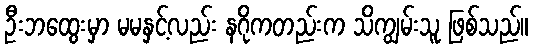
ဦးဘထွေးမှာ မမနှင့်လည်း နဂိုကတည်းက သိကျွမ်းသူ ဖြစ်သည်။